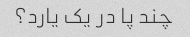
چند پا در یک یارد؟